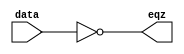
`timescale 1ns / 1ps
//////////////////////////////////////////////////////////////////////////////////
// Company: 
// Engineer: 
// 
// Design Name: 
// Module Name:    EQZ 
// Project Name: 
// Target Devices: 
// Tool versions: 
// Description: 
//
// Dependencies: 
//
// Revision: 
// Revision 0.01 - File Created
// Additional Comments: 
//
//////////////////////////////////////////////////////////////////////////////////
module EQZ(eqz,data);
input [15:0] data;
output eqz;
assign eqz=(data==0);
endmodule